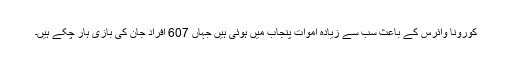
کورونا وائرس کے باعث سب سے زیادہ اموات پنجاب میں ہوئی ہیں جہاں 607 افراد جان کی بازی ہار چکے ہیں۔